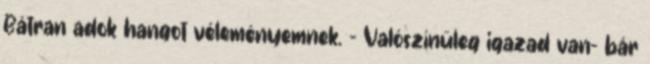
Bátran adok hangot véleményemnek. - Valószínűleg igazad van- bár